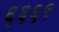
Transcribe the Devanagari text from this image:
६६६९